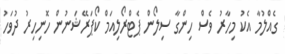
ގެއްލުމާ އެކު މިހާރު ވެސް ހިންގާ ސިލޯން ޕެޓްރޯލިއަމް ކޯޕަރޭޝަނުން ހޮނިހިރު ދުވަހު